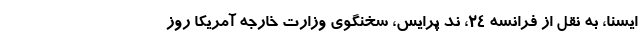
ایسنا، به نقل از فرانسه ۲۴، ند پرایس، سخنگوی وزارت خارجه آمریکا روز